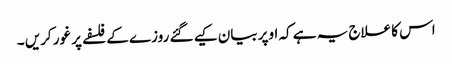
اس کا علاج یہ ہے کہ اوپر بیان کیے گئے روزے کے فلسفے پر غور کریں ۔